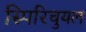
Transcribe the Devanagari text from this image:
स्पिरिचुयल